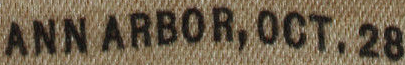
ANNARBOR, OCT. 28